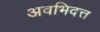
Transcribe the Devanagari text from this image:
अवभिदत्त